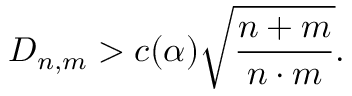
D _ { n , m } > c ( \alpha ) { \sqrt { \frac { n + m } { n \cdot m } } } .